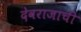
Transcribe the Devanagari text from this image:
देवराजाची